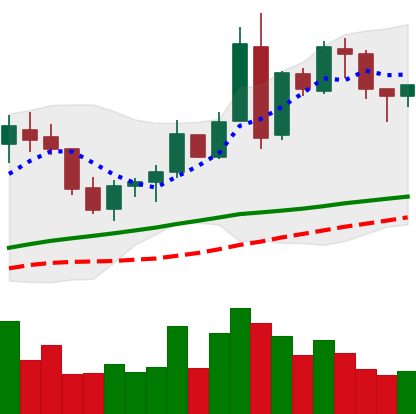
Ticker: BNB-USD
Chart end date: 2018-05-02
Forward return: -4.905%
Label: down_3_5